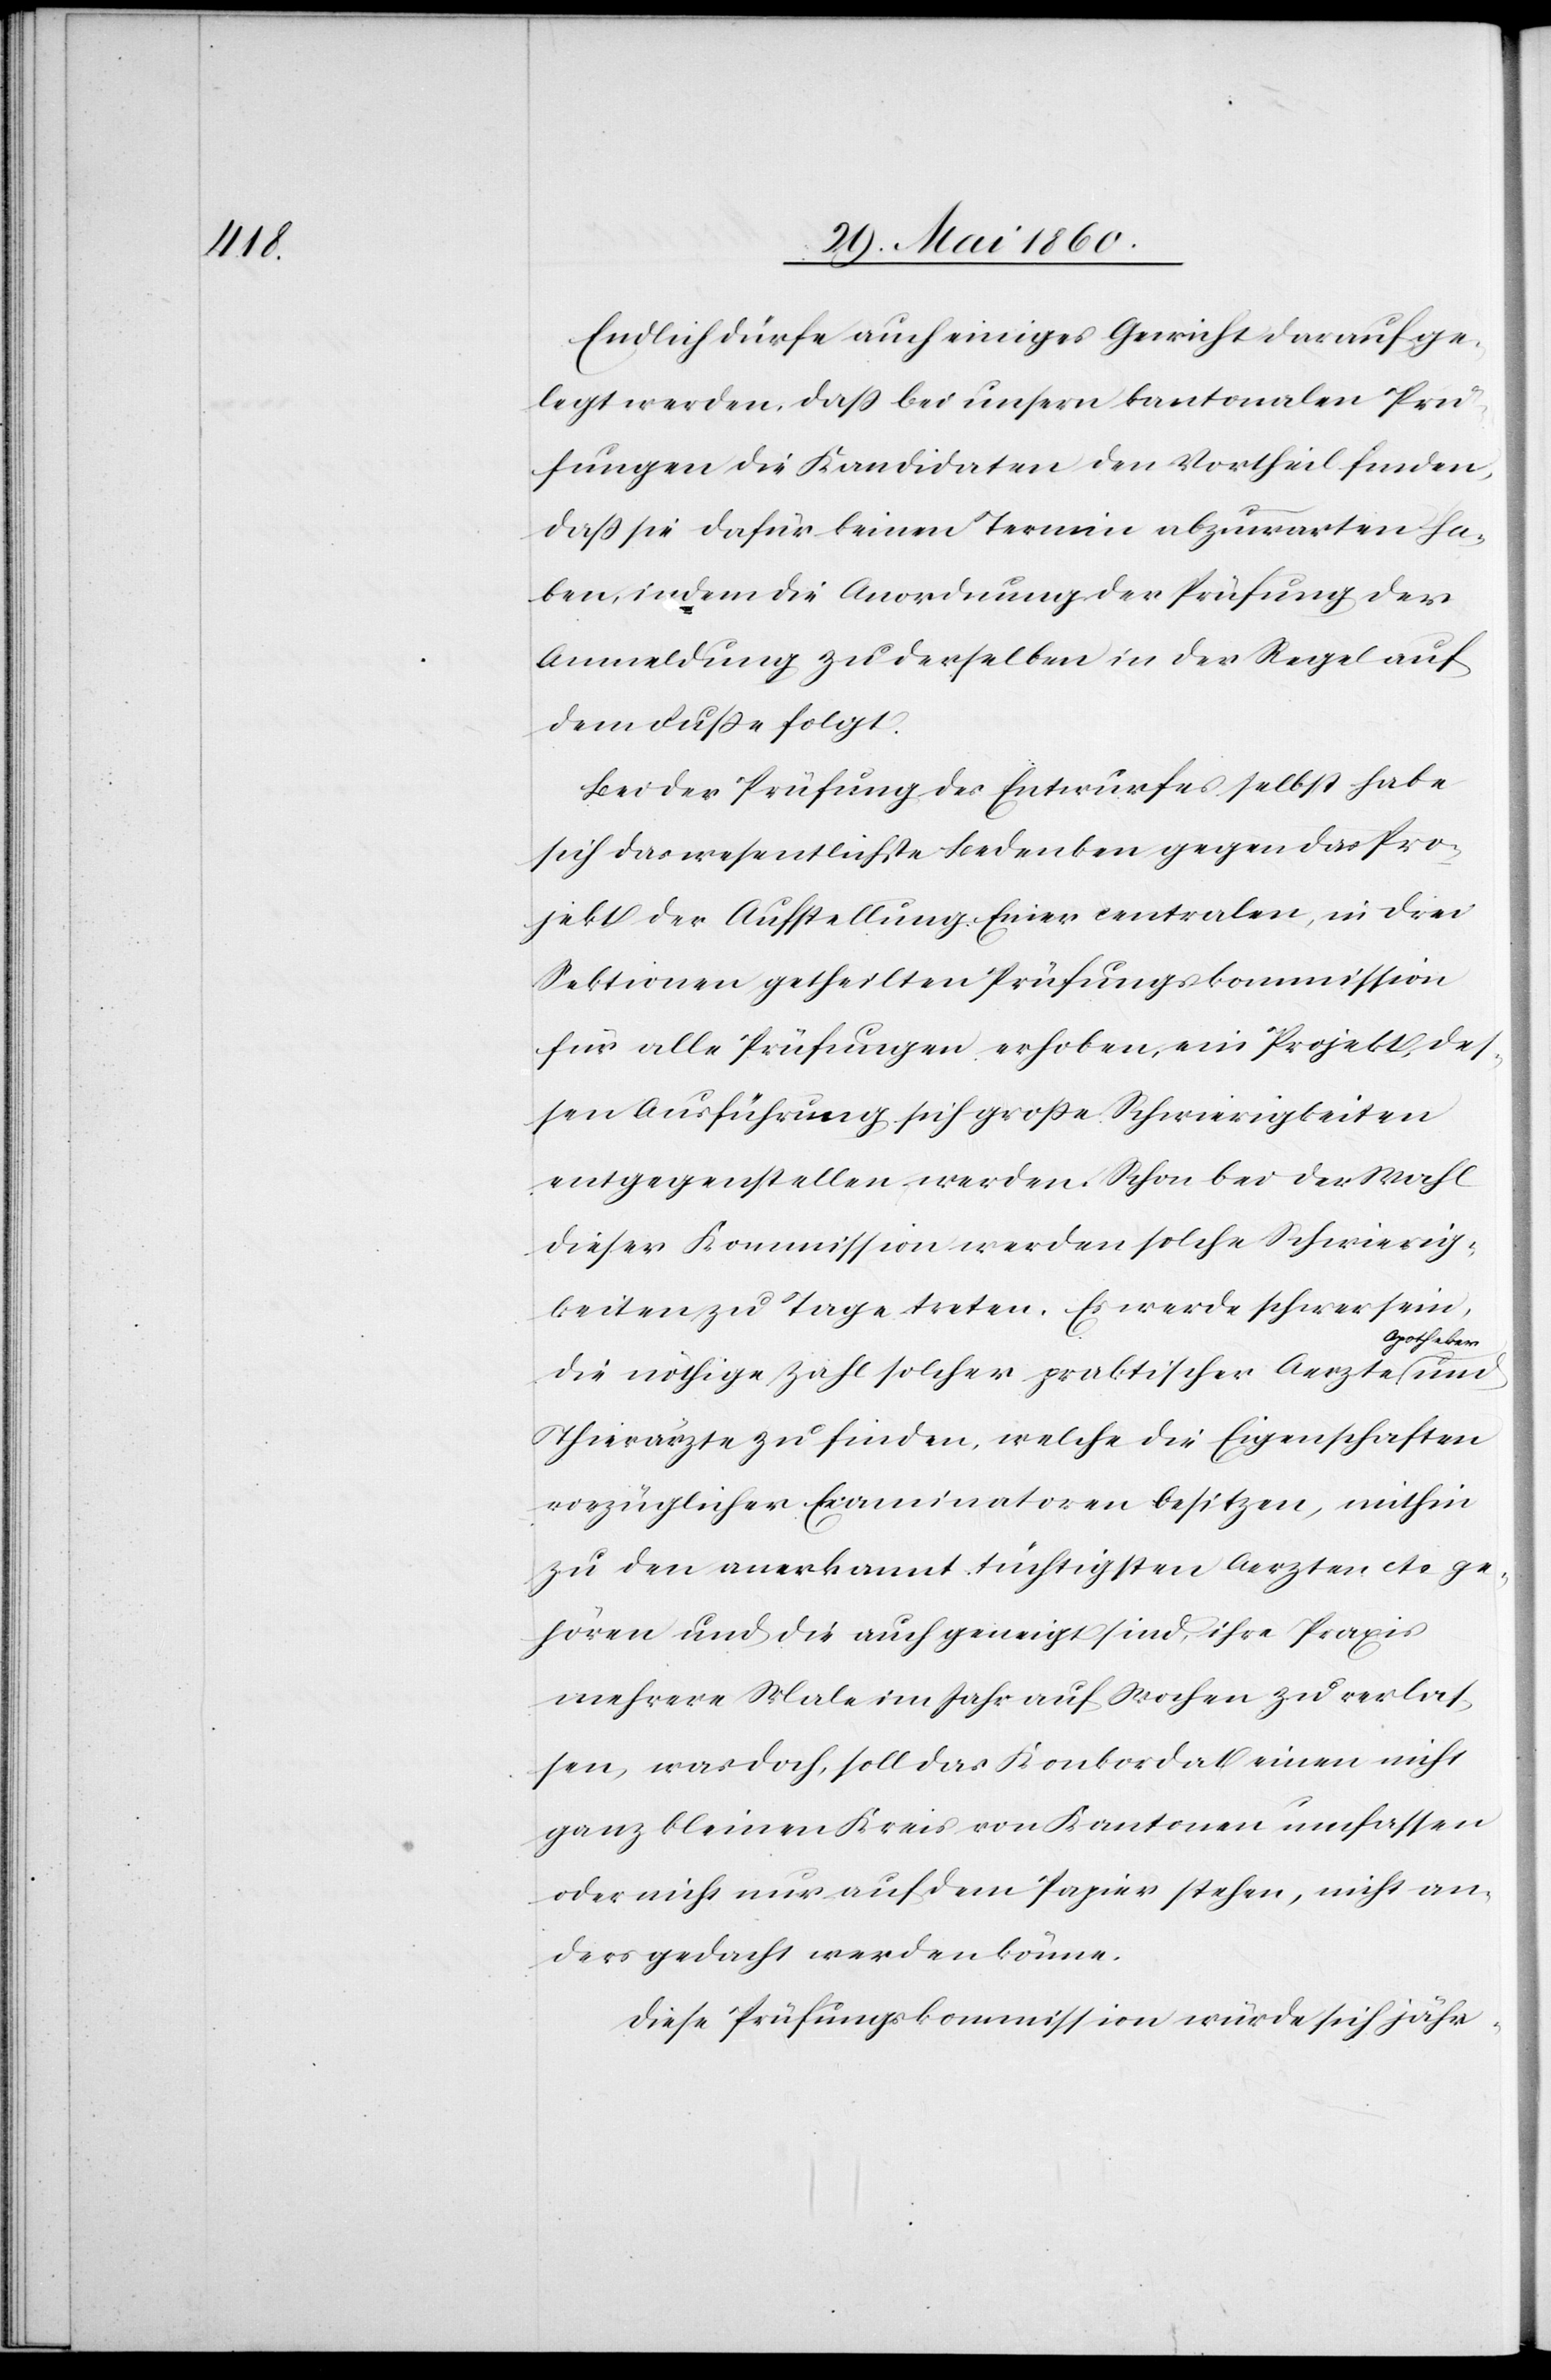
Endlich dürfe auch einiges Gewicht darauf ge¬
legt werden, daß bei unsern kantonalen Prü¬
fungen die Kandidaten den Vortheil finden,
dass sie dafür keinen Termin abzuwarten ha¬
ben, indem die Anordnung der Prüfung der
Anmeldung zu derselben in der Regel auf
dem Fusse folgt.
Bei der Prüfung des Entwurfes selbst habe
sich das wesentlichste Bedenken gegen das Pro¬
jekt der Aufstellung Einer centralen, in drei
Sektionen getheilten Prüfungskommission
für alle Prüfungen erhoben, ein Projekt, des¬
sen Ausführung sich grosse Schwierigkeiten
entgegenstellen werden. Schon bei der Wahl
dieser Kommission werden solche Schwierig¬
keiten zu Tage treten. Es werde schwer sein,
Apotheker
die nöthige Zahl solcher praktischer Aerzte[,]
Thierärzte zu finden, welche die Eigenschaften
vorzüglicher Examinatoren besitzen, mithin
zu den anerkannt tüchtigsten Aerzten etc. ge¬
hören und die auch geneigt sind, ihre Praxis
mehrere Male im Jahr auf Wochen zu verlas¬
sen, was doch, soll das Konkordat einen nicht
ganz kleinen Kreis von Kantonen umfassen
oder nicht nur auf dem Papier stehen, nicht an¬
ders gedacht werden könne.
Diese Prüfungskommission würde sich jähr-